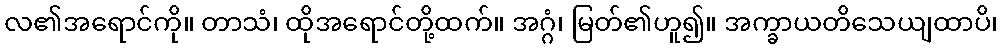
လ၏အရောင်ကို။ တာသံ၊ ထိုအရောင်တို့ထက်။ အဂ္ဂံ၊ မြတ်၏ဟူ၍။ အက္ခာယတိသေယျထာပိ၊